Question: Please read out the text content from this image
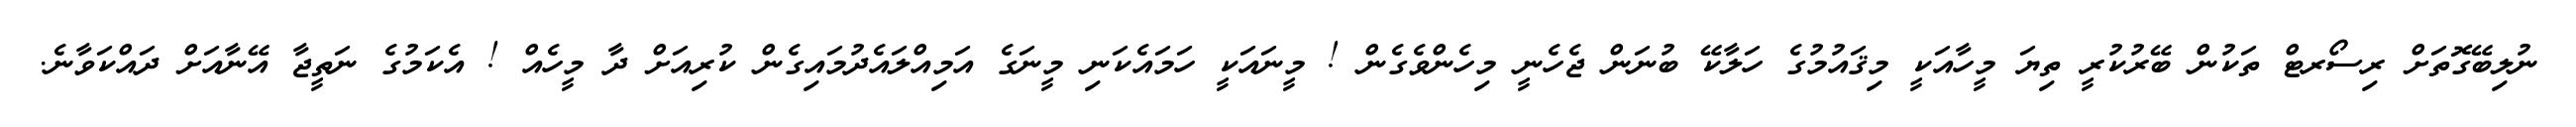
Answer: ނުލިބޭގޮތަށް ރިސޯރޓް ތަކުން ބޭރުކުރީ ތިޔަ މީހާއަކީ މިޤައުމުގެ ހަލާކޭ ބުނަން ޖެހެނީ މިހެންވެގެން ! މީނައަކީ ހަމައެކަނި މީނަގެ އަމިއްލައެދުމައިގެން ކުރިއަށް ދާ މީހެއް ! އެކަމުގެ ނަތީޖާ އޭނާއަށް ދައްކަވާނެ.